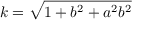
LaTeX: k = \sqrt { 1 + b ^ { 2 } + a ^ { 2 } b ^ { 2 } }